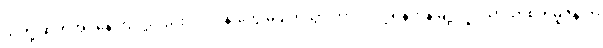
သူတို့ ဆက်အပ်နေကြလို့လည်း လုပ်ငန်းတွေ မပျက်သွားတာပါ လို့ ရန်ကုန်မြို့ လှိုင်သာယာစက်မူဇုန် က